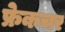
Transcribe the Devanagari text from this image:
फ्रेकचर